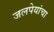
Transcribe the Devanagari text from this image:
जलपेयांचा